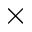
\times